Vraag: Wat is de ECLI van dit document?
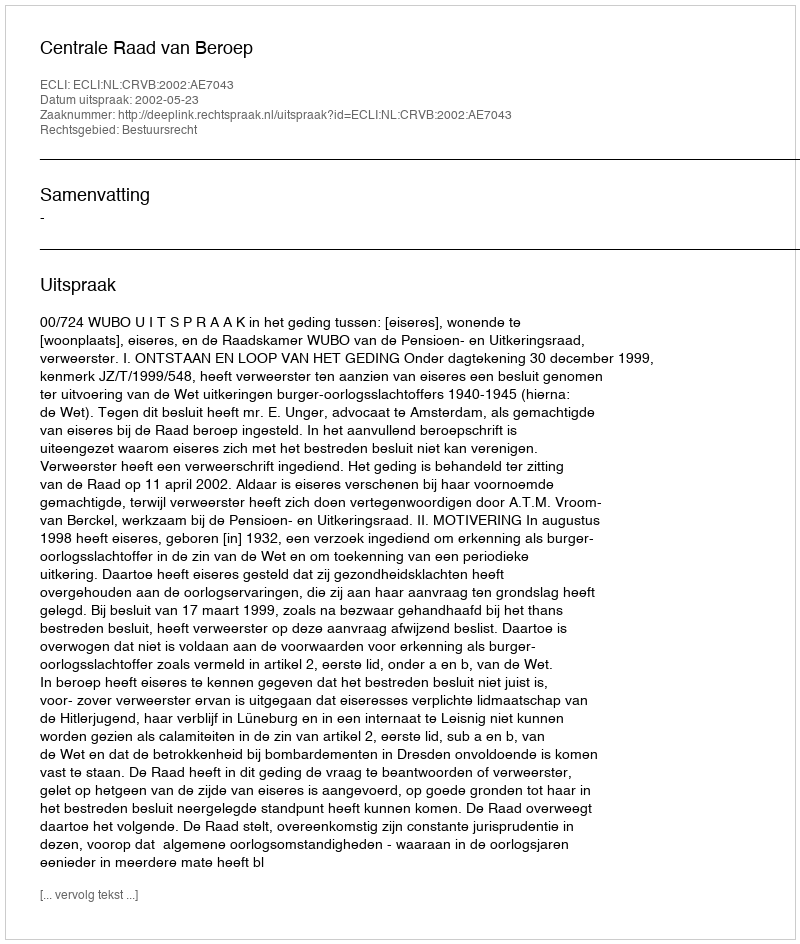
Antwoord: ECLI:NL:CRVB:2002:AE7043